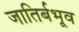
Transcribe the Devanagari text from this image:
जातिर्बभूव